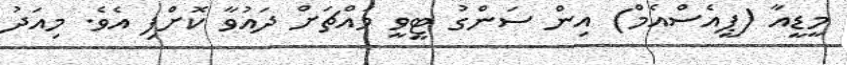
މީޑީއާ (ޕީއެސްއެމް) އިން ސަންގު ޓީވީ މައްޗަށް ދައުވާ ކޮށްފި އެވެ. މިއަދު